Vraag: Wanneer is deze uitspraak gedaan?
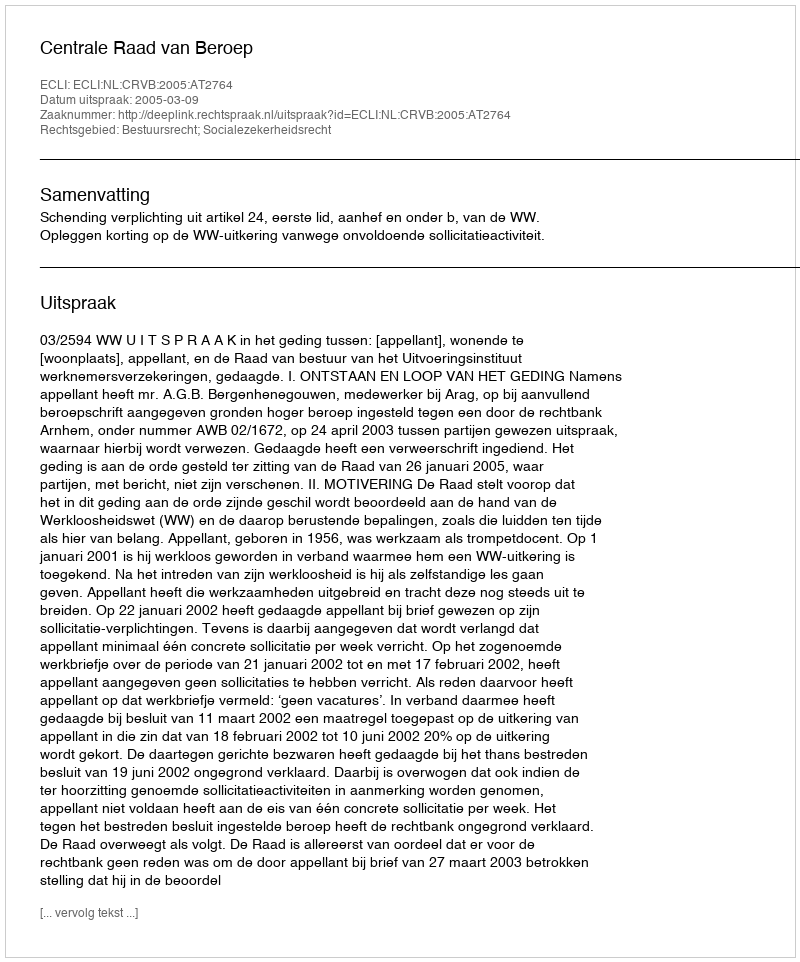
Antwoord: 2005-03-09